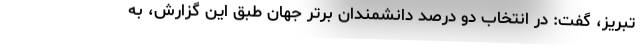
تبریز، گفت: در انتخاب دو درصد دانشمندان برتر جهان طبق این گزارش، به